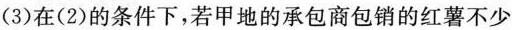
(3)在(2)的条件下，若甲地的承包商包销的红薯不少